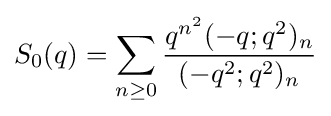
S_{0}(q)=\sum _{n\geq 0}{\frac {q^{n^{2}}(-q;q^{2})_{n}}{(-q^{2};q^{2})_{n}}}